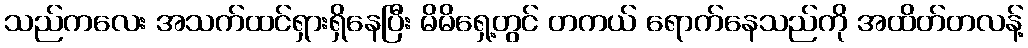
သည်ကလေး အသက်ထင်ရှားရှိနေပြီး မိမိရှေ့တွင် တကယ် ရောက်နေသည်ကို အထိတ်တလန့်